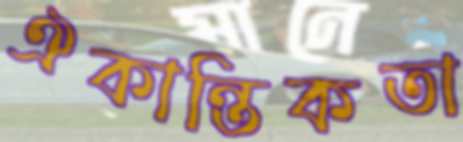
ঐকান্তিকতা